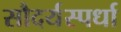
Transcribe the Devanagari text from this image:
सौदर्यस्पर्धा